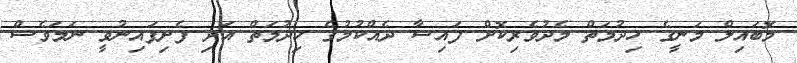
މޮބައިލް މަނީގެ ހިދުމަތް މެދުވެރިކޮށް ފައިސާ ދެއްކުމުގެ ހިދުމަތް އަދި ފެށިފައިނުވީ ނަމަވެސް